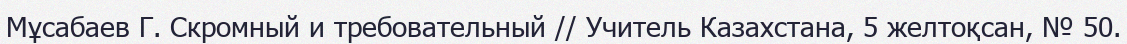
Мұсабаев Г. Скромный и требовательный // Учитель Казахстана, 5 желтоқсан, № 50.